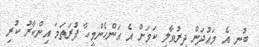
ބުނީ އެ މައުދަން ދިރުވާލި ކަމަށް އެ އަންހެންމީހާ ފުރަތަމަ އިންކާރު ކުރި